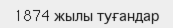
1874 жылы туғандар